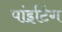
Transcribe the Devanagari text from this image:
पांइटिंग